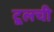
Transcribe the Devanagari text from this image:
टूलची